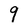
Character: 9